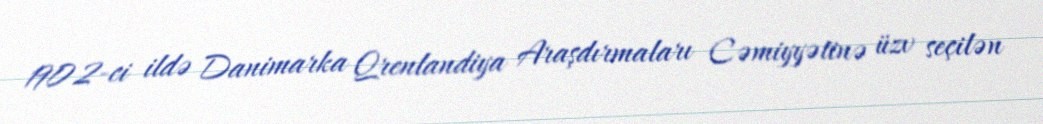
1902-ci ildə Danimarka Qrenlandiya Araşdırmaları Cəmiyyətinə üzv seçilən